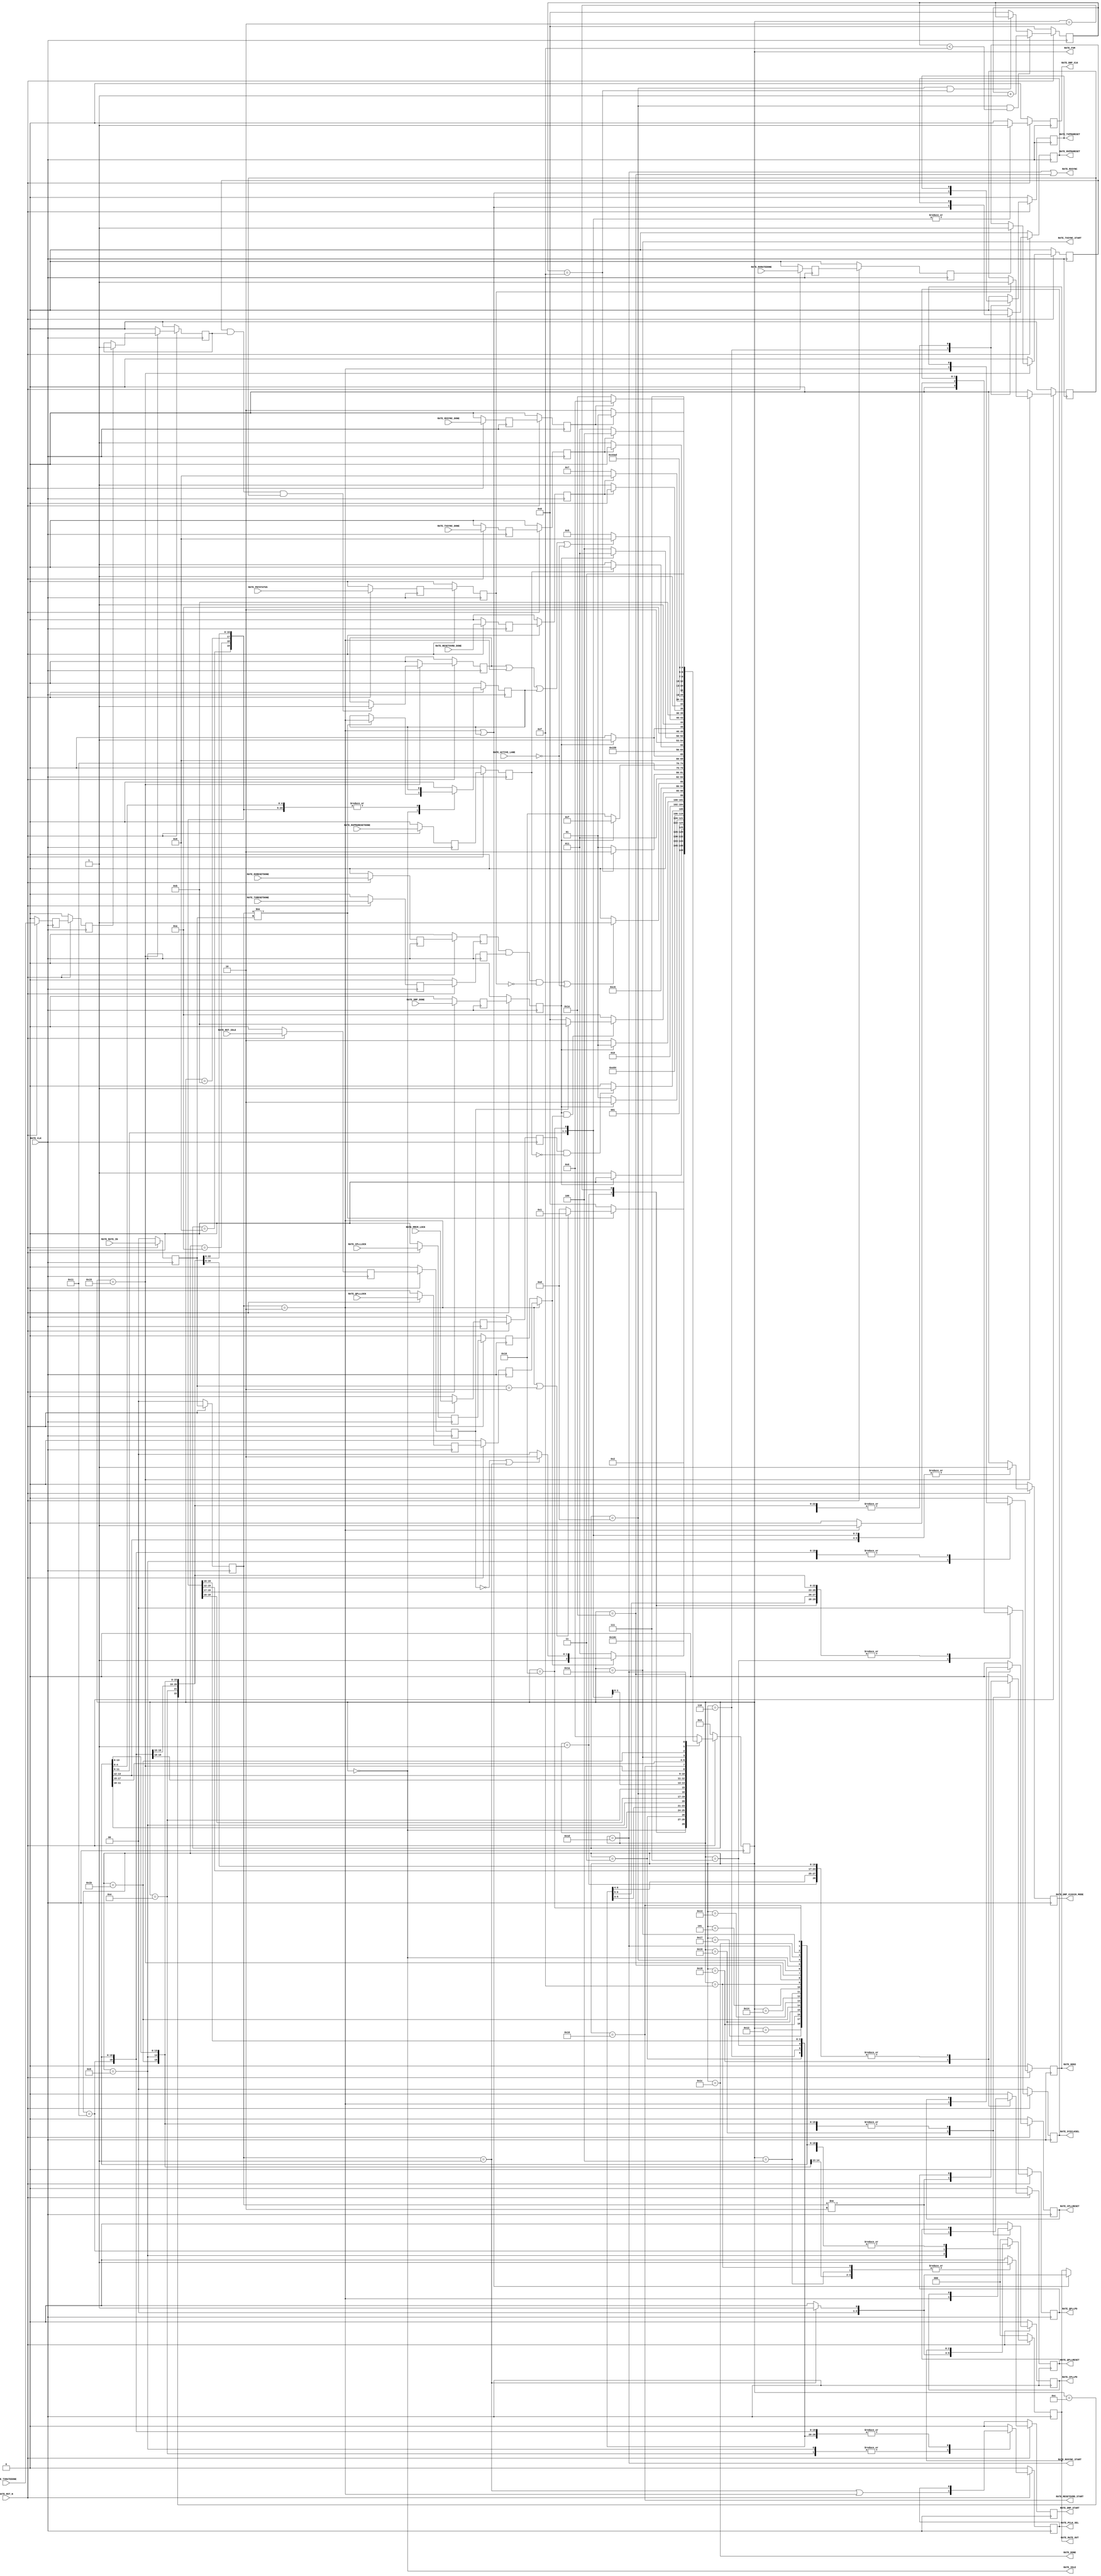
//-----------------------------------------------------------------------------
//
// (c) Copyright 2010-2011 Xilinx, Inc. All rights reserved.
//
// This file contains confidential and proprietary information
// of Xilinx, Inc. and is protected under U.S. and
// international copyright and other intellectual property
// laws.
//
// DISCLAIMER
// This disclaimer is not a license and does not grant any
// rights to the materials distributed herewith. Except as
// otherwise provided in a valid license issued to you by
// Xilinx, and to the maximum extent permitted by applicable
// law: (1) THESE MATERIALS ARE MADE AVAILABLE "AS IS" AND
// WITH ALL FAULTS, AND XILINX HEREBY DISCLAIMS ALL WARRANTIES
// AND CONDITIONS, EXPRESS, IMPLIED, OR STATUTORY, INCLUDING
// BUT NOT LIMITED TO WARRANTIES OF MERCHANTABILITY, NON-
// INFRINGEMENT, OR FITNESS FOR ANY PARTICULAR PURPOSE; and
// (2) Xilinx shall not be liable (whether in contract or tort,
// including negligence, or under any other theory of
// liability) for any loss or damage of any kind or nature
// related to, arising under or in connection with these
// materials, including for any direct, or any indirect,
// special, incidental, or consequential loss or damage
// (including loss of data, profits, goodwill, or any type of
// loss or damage suffered as a result of any action brought
// by a third party) even if such damage or loss was
// reasonably foreseeable or Xilinx had been advised of the
// possibility of the same.
//
// CRITICAL APPLICATIONS
// Xilinx products are not designed or intended to be fail-
// safe, or for use in any application requiring fail-safe
// performance, such as life-support or safety devices or
// systems, Class III medical devices, nuclear facilities,
// applications related to the deployment of airbags, or any
// other applications that could lead to death, personal
// injury, or severe property or environmental damage
// (individually and collectively, "Critical
// Applications"). Customer assumes the sole risk and
// liability of any use of Xilinx products in Critical
// Applications, subject only to applicable laws and
// regulations governing limitations on product liability.
//
// THIS COPYRIGHT NOTICE AND DISCLAIMER MUST BE RETAINED AS
// PART OF THIS FILE AT ALL TIMES.
//
//-----------------------------------------------------------------------------
// Project    : Series-7 Integrated Block for PCI Express
// Version    : 1.11
//------------------------------------------------------------------------------
//  Description  :  PIPE Rate Module for 7 Series Transceiver
//  Version      :  20.1
//------------------------------------------------------------------------------



`timescale 1ns / 1ps



//---------- PIPE Rate Module --------------------------------------------------
module pcie_pipe_rate #
(

    parameter PCIE_SIM_SPEEDUP  = "FALSE",                  // PCIe sim speedup
    parameter PCIE_GT_DEVICE    = "GTX",                    // PCIe GT device
    parameter PCIE_USE_MODE     = "3.0",                    // PCIe use mode
    parameter PCIE_PLL_SEL      = "CPLL",                   // PCIe PLL select for Gen1/Gen2 only
    parameter PCIE_POWER_SAVING = "TRUE",                   // PCIe power saving
    parameter PCIE_ASYNC_EN     = "FALSE",                  // PCIe async enable
    parameter PCIE_TXBUF_EN     = "FALSE",                  // PCIe TX buffer enable for Gen1/Gen2 only
    parameter PCIE_RXBUF_EN     = "TRUE",                   // PCIe RX buffer enable for Gen3      only
    parameter TXDATA_WAIT_MAX   = 4'd15                     // TXDATA wait max

)

(

    //---------- Input -------------------------------------
    input               RATE_CLK,
    input               RATE_RST_N,
    input               RATE_RST_IDLE,
    input               RATE_ACTIVE_LANE,
    input       [ 1:0]  RATE_RATE_IN,
    input               RATE_CPLLLOCK,
    input               RATE_QPLLLOCK,
    input               RATE_MMCM_LOCK,
    input               RATE_DRP_DONE,
    input               RATE_RXPMARESETDONE,
    input               RATE_TXRESETDONE,
    input               RATE_RXRESETDONE,
    input               RATE_TXRATEDONE,
    input               RATE_RXRATEDONE,
    input               RATE_PHYSTATUS,
    input               RATE_RESETOVRD_DONE,
    input               RATE_TXSYNC_DONE,
    input               RATE_RXSYNC_DONE,
    
    //---------- Output ------------------------------------
    output              RATE_CPLLPD,
    output              RATE_QPLLPD,
    output              RATE_CPLLRESET,
    output              RATE_QPLLRESET,
    output              RATE_TXPMARESET,
    output              RATE_RXPMARESET,
    output              RATE_DRP_START,
    output      [ 1:0]  RATE_SYSCLKSEL,
    output              RATE_PCLK_SEL,
    output              RATE_GEN3,
    output              RATE_DRP_X16X20_MODE,
    output              RATE_DRP_X16,
    output      [ 2:0]  RATE_RATE_OUT,
    output              RATE_RESETOVRD_START,
    output              RATE_TXSYNC_START,
    output              RATE_DONE,
    output              RATE_RXSYNC_START,
    output              RATE_RXSYNC,
    output              RATE_IDLE,
    output      [ 4:0]  RATE_FSM

);

    //---------- Input FF or Buffer ------------------------
(* ASYNC_REG = "TRUE", SHIFT_EXTRACT = "NO" *)    reg                 rst_idle_reg1;
(* ASYNC_REG = "TRUE", SHIFT_EXTRACT = "NO" *)    reg         [ 1:0]  rate_in_reg1;
(* ASYNC_REG = "TRUE", SHIFT_EXTRACT = "NO" *)    reg                 cplllock_reg1;
(* ASYNC_REG = "TRUE", SHIFT_EXTRACT = "NO" *)    reg                 qplllock_reg1;
(* ASYNC_REG = "TRUE", SHIFT_EXTRACT = "NO" *)    reg                 mmcm_lock_reg1;
(* ASYNC_REG = "TRUE", SHIFT_EXTRACT = "NO" *)    reg                 drp_done_reg1;
(* ASYNC_REG = "TRUE", SHIFT_EXTRACT = "NO" *)    reg                 rxpmaresetdone_reg1;
(* ASYNC_REG = "TRUE", SHIFT_EXTRACT = "NO" *)    reg                 txresetdone_reg1;
(* ASYNC_REG = "TRUE", SHIFT_EXTRACT = "NO" *)    reg                 rxresetdone_reg1;
(* ASYNC_REG = "TRUE", SHIFT_EXTRACT = "NO" *)    reg                 txratedone_reg1;
(* ASYNC_REG = "TRUE", SHIFT_EXTRACT = "NO" *)    reg                 rxratedone_reg1;
(* ASYNC_REG = "TRUE", SHIFT_EXTRACT = "NO" *)    reg                 phystatus_reg1;
(* ASYNC_REG = "TRUE", SHIFT_EXTRACT = "NO" *)    reg                 resetovrd_done_reg1;
(* ASYNC_REG = "TRUE", SHIFT_EXTRACT = "NO" *)    reg                 txsync_done_reg1;
(* ASYNC_REG = "TRUE", SHIFT_EXTRACT = "NO" *)    reg                 rxsync_done_reg1;
    
(* ASYNC_REG = "TRUE", SHIFT_EXTRACT = "NO" *)    reg                 rst_idle_reg2;
(* ASYNC_REG = "TRUE", SHIFT_EXTRACT = "NO" *)    reg         [ 1:0]  rate_in_reg2;
(* ASYNC_REG = "TRUE", SHIFT_EXTRACT = "NO" *)    reg                 cplllock_reg2;
(* ASYNC_REG = "TRUE", SHIFT_EXTRACT = "NO" *)    reg                 qplllock_reg2;
(* ASYNC_REG = "TRUE", SHIFT_EXTRACT = "NO" *)    reg                 mmcm_lock_reg2;
(* ASYNC_REG = "TRUE", SHIFT_EXTRACT = "NO" *)    reg                 drp_done_reg2;
(* ASYNC_REG = "TRUE", SHIFT_EXTRACT = "NO" *)    reg                 rxpmaresetdone_reg2;
(* ASYNC_REG = "TRUE", SHIFT_EXTRACT = "NO" *)    reg                 txresetdone_reg2;
(* ASYNC_REG = "TRUE", SHIFT_EXTRACT = "NO" *)    reg                 rxresetdone_reg2;
(* ASYNC_REG = "TRUE", SHIFT_EXTRACT = "NO" *)    reg                 txratedone_reg2;
(* ASYNC_REG = "TRUE", SHIFT_EXTRACT = "NO" *)    reg                 rxratedone_reg2;
(* ASYNC_REG = "TRUE", SHIFT_EXTRACT = "NO" *)    reg                 phystatus_reg2;
(* ASYNC_REG = "TRUE", SHIFT_EXTRACT = "NO" *)    reg                 resetovrd_done_reg2;
(* ASYNC_REG = "TRUE", SHIFT_EXTRACT = "NO" *)    reg                 txsync_done_reg2;
(* ASYNC_REG = "TRUE", SHIFT_EXTRACT = "NO" *)    reg                 rxsync_done_reg2;
    
    //---------- Internal Signals --------------------------
    wire                pll_lock;
    wire        [ 2:0]  rate;
    reg         [ 3:0]  txdata_wait_cnt = 4'd0;
    reg                 txratedone      = 1'd0;
    reg                 rxratedone      = 1'd0;
    reg                 phystatus       = 1'd0;
    reg                 ratedone        = 1'd0;
    reg                 gen3_exit       = 1'd0;
    
    //---------- Output FF or Buffer -----------------------
    reg                 cpllpd     =  1'd0;
    reg                 qpllpd     =  1'd0;
    reg                 cpllreset  =  1'd0;
    reg                 qpllreset  =  1'd0;
    reg                 txpmareset =  1'd0;
    reg                 rxpmareset =  1'd0;
    reg         [ 1:0]  sysclksel  = (PCIE_PLL_SEL == "QPLL") ? 2'd1 : 2'd0;  
    reg                 gen3       =  1'd0;
    reg                 pclk_sel   =  1'd0; 
    reg         [ 2:0]  rate_out   =  3'd0; 
    reg                 drp_start       = 1'd0;
    reg                 drp_x16x20_mode = 1'd0;
    reg                 drp_x16         = 1'd0;
    reg         [ 4:0]  fsm        = 0;                 
   
    //---------- FSM ---------------------------------------                                         
    localparam          FSM_IDLE               = 0; 
    localparam          FSM_PLL_PU             = 1; // Gen 3 only
    localparam          FSM_PLL_PURESET        = 2; // Gen 3 only
    localparam          FSM_PLL_LOCK           = 3; // Gen 3 or reset only
    localparam          FSM_DRP_X16_GEN3_START = 4;
    localparam          FSM_DRP_X16_GEN3_DONE  = 5;    
    localparam          FSM_PMARESET_HOLD      = 6; // Gen 3 or reset only
    localparam          FSM_PLL_SEL            = 7; // Gen 3 or reset only   
    localparam          FSM_MMCM_LOCK          = 8; // Gen 3 or reset only             
    localparam          FSM_DRP_START          = 9; // Gen 3 or reset only                                 
    localparam          FSM_DRP_DONE           = 10; // Gen 3 or reset only
    localparam          FSM_PMARESET_RELEASE   = 11; // Gen 3 only
    localparam          FSM_PMARESET_DONE      = 12; // Gen 3 only
    localparam          FSM_TXDATA_WAIT        = 13;           
    localparam          FSM_PCLK_SEL           = 14; 
    localparam          FSM_DRP_X16_START      = 15;
    localparam          FSM_DRP_X16_DONE       = 16;    
    localparam          FSM_RATE_SEL           = 17;
    localparam          FSM_RXPMARESETDONE     = 18; 
    localparam          FSM_DRP_X20_START      = 19;
    localparam          FSM_DRP_X20_DONE       = 20;   
    localparam          FSM_RATE_DONE          = 21;
    localparam          FSM_RESETOVRD_START    = 22; // PCIe use mode 1.0 only
    localparam          FSM_RESETOVRD_DONE     = 23; // PCIe use mode 1.0 only
    localparam          FSM_PLL_PDRESET        = 24;
    localparam          FSM_PLL_PD             = 25;                          
    localparam          FSM_TXSYNC_START       = 26;
    localparam          FSM_TXSYNC_DONE        = 27;             
    localparam          FSM_DONE               = 28; // Must sync value to pipe_user.v
    localparam          FSM_RXSYNC_START       = 29; // Gen 3 only
    localparam          FSM_RXSYNC_DONE        = 30; // Gen 3 only                                    
    
    
    
//---------- Input FF ----------------------------------------------------------
always @ (posedge RATE_CLK)
begin

    if (!RATE_RST_N)
        begin    
        //---------- 1st Stage FF -------------------------- 
        rst_idle_reg1       <= 1'd0;   
        rate_in_reg1        <= 2'd0;
        cplllock_reg1       <= 1'd0;
        qplllock_reg1       <= 1'd0;
        mmcm_lock_reg1      <= 1'd0;
        drp_done_reg1       <= 1'd0;
        rxpmaresetdone_reg1 <= 1'd0;
        txresetdone_reg1    <= 1'd0;
        rxresetdone_reg1    <= 1'd0;
        txratedone_reg1     <= 1'd0;
        rxratedone_reg1     <= 1'd0;
        phystatus_reg1      <= 1'd0;
        resetovrd_done_reg1 <= 1'd0; 
        txsync_done_reg1    <= 1'd0;
        rxsync_done_reg1    <= 1'd0;
        //---------- 2nd Stage FF --------------------------
        rst_idle_reg2       <= 1'd0;
        rate_in_reg2        <= 2'd0;
        cplllock_reg2       <= 1'd0;
        qplllock_reg2       <= 1'd0;
        mmcm_lock_reg2      <= 1'd0;
        drp_done_reg2       <= 1'd0;
        rxpmaresetdone_reg2 <= 1'd0;
        txresetdone_reg2    <= 1'd0;
        rxresetdone_reg2    <= 1'd0;
        txratedone_reg2     <= 1'd0;
        rxratedone_reg2     <= 1'd0;
        phystatus_reg2      <= 1'd0;
        resetovrd_done_reg2 <= 1'd0;
        txsync_done_reg2    <= 1'd0;
        rxsync_done_reg2    <= 1'd0;
        end
    else
        begin  
        //---------- 1st Stage FF --------------------------
        rst_idle_reg1       <= RATE_RST_IDLE;
        rate_in_reg1        <= RATE_RATE_IN;
        cplllock_reg1       <= RATE_CPLLLOCK;
        qplllock_reg1       <= RATE_QPLLLOCK;
        mmcm_lock_reg1      <= RATE_MMCM_LOCK;
        drp_done_reg1       <= RATE_DRP_DONE;
        rxpmaresetdone_reg1 <= RATE_RXPMARESETDONE;
        txresetdone_reg1    <= RATE_TXRESETDONE;
        rxresetdone_reg1    <= RATE_RXRESETDONE;
        txratedone_reg1     <= RATE_TXRATEDONE;
        rxratedone_reg1     <= RATE_RXRATEDONE;
        phystatus_reg1      <= RATE_PHYSTATUS;
        resetovrd_done_reg1 <= RATE_RESETOVRD_DONE;
        txsync_done_reg1    <= RATE_TXSYNC_DONE;
        rxsync_done_reg1    <= RATE_RXSYNC_DONE;
        //---------- 2nd Stage FF --------------------------
        rst_idle_reg2       <= rst_idle_reg1;
        rate_in_reg2        <= rate_in_reg1;
        cplllock_reg2       <= cplllock_reg1;
        qplllock_reg2       <= qplllock_reg1;
        mmcm_lock_reg2      <= mmcm_lock_reg1;
        drp_done_reg2       <= drp_done_reg1;
        rxpmaresetdone_reg2 <= rxpmaresetdone_reg1;
        txresetdone_reg2    <= txresetdone_reg1;
        rxresetdone_reg2    <= rxresetdone_reg1;
        txratedone_reg2     <= txratedone_reg1;
        rxratedone_reg2     <= rxratedone_reg1;
        phystatus_reg2      <= phystatus_reg1;
        resetovrd_done_reg2 <= resetovrd_done_reg1;
        txsync_done_reg2    <= txsync_done_reg1;   
        rxsync_done_reg2    <= rxsync_done_reg1; 
        end
        
end    



//---------- Select CPLL or QPLL Lock ------------------------------------------
//  Gen1 : Wait for QPLL lock if QPLL is used for Gen1/Gen2, else wait for CPLL lock 
//  Gen2 : Wait for QPLL lock if QPLL is used for Gen1/Gen2, else wait for CPLL lock
//  Gen3 : Wait for QPLL lock
//------------------------------------------------------------------------------
assign pll_lock = (rate_in_reg2 == 2'd2) || (PCIE_PLL_SEL == "QPLL") ? qplllock_reg2 : cplllock_reg2;



//---------- Select Rate -------------------------------------------------------
//  Gen1 : Div 4 using [TX/RX]OUT_DIV = 4 if QPLL is used for Gen1/Gen2, else div 2 using [TX/RX]OUT_DIV = 2
//  Gen2 : Div 2 using [TX/RX]RATE = 3'd2 if QPLL is used for Gen1/Gen2, else div 1 using [TX/RX]RATE = 3'd1
//  Gen3 : Div 1 using [TX/RX]OUT_DIV = 1
//------------------------------------------------------------------------------
assign rate = (rate_in_reg2 == 2'd1) && (PCIE_PLL_SEL == "QPLL") ? 3'd2 : 
              (rate_in_reg2 == 2'd1) && (PCIE_PLL_SEL == "CPLL") ? 3'd1 : 3'd0;



//---------- TXDATA Wait Counter -----------------------------------------------
always @ (posedge RATE_CLK)
begin

    if (!RATE_RST_N)
        txdata_wait_cnt <= 4'd0;
    else
    
        //---------- Increment Wait Counter ----------------
        if ((fsm == FSM_TXDATA_WAIT) && (txdata_wait_cnt < TXDATA_WAIT_MAX))
            txdata_wait_cnt <= txdata_wait_cnt + 4'd1;
            
        //---------- Hold Wait Counter ---------------------
        else if ((fsm == FSM_TXDATA_WAIT) && (txdata_wait_cnt == TXDATA_WAIT_MAX))
            txdata_wait_cnt <= txdata_wait_cnt;
            
        //---------- Reset Wait Counter --------------------
        else
            txdata_wait_cnt <= 4'd0;
        
end 



//---------- Latch TXRATEDONE, RXRATEDONE, and PHYSTATUS -----------------------
always @ (posedge RATE_CLK)
begin

    if (!RATE_RST_N)
        begin   
        txratedone <= 1'd0;
        rxratedone <= 1'd0; 
        phystatus  <= 1'd0;
        ratedone   <= 1'd0;
        end
    else
        begin  

        if (fsm == FSM_RATE_DONE)
        
            begin
            
            //---------- Latch TXRATEDONE ------------------
            if (txratedone_reg2)
                txratedone <= 1'd1; 
            else
                txratedone <= txratedone;
 
            //---------- Latch RXRATEDONE ------------------
            if (rxratedone_reg2)
                rxratedone <= 1'd1; 
            else
                rxratedone <= rxratedone;
  
            //---------- Latch PHYSTATUS -------------------
            if (phystatus_reg2)
                phystatus <= 1'd1; 
            else
                phystatus <= phystatus;
  
            //---------- Latch Rate Done -------------------
            if (rxratedone && txratedone && phystatus)
                ratedone <= 1'd1; 
            else
                ratedone <= ratedone;
  
            end
  
        else 
        
            begin
            txratedone <= 1'd0;
            rxratedone <= 1'd0;
            phystatus  <= 1'd0;
            ratedone   <= 1'd0;
            end
        
        end
        
end    



//---------- PIPE Rate FSM -----------------------------------------------------
always @ (posedge RATE_CLK)
begin

    if (!RATE_RST_N)
        begin
        fsm        <= FSM_PLL_LOCK;
        gen3_exit  <= 1'd0;
        cpllpd     <= 1'd0;
        qpllpd     <= 1'd0;
        cpllreset  <= 1'd0;
        qpllreset  <= 1'd0;
        txpmareset <= 1'd0;
        rxpmareset <= 1'd0;
        sysclksel  <= (PCIE_PLL_SEL == "QPLL") ? 2'd1 : 2'd0;                               
        pclk_sel   <= 1'd0; 
        gen3       <= 1'd0;
        rate_out   <= 3'd0;  
        drp_start       <= 1'd0;
        drp_x16x20_mode <= 1'd0;  
        drp_x16         <= 1'd0;                          
        end
    else
        begin
        
        case (fsm)
            
        //---------- Idle State ----------------------------
        FSM_IDLE :
        
            begin
            //---------- Detect Rate Change ----------------
            if (rate_in_reg2 != rate_in_reg1)
                begin
                fsm        <= ((rate_in_reg2 == 2'd2) || (rate_in_reg1 == 2'd2)) ? FSM_PLL_PU : FSM_TXDATA_WAIT;
                gen3_exit  <= (rate_in_reg2 == 2'd2); 
                cpllpd     <= cpllpd;
                qpllpd     <= qpllpd;
                cpllreset  <= cpllreset;
                qpllreset  <= qpllreset;
                txpmareset <= txpmareset;
                rxpmareset <= rxpmareset;
                sysclksel  <= sysclksel;
                pclk_sel   <= pclk_sel;
                gen3       <= gen3;
                rate_out   <= rate_out;
                drp_start       <= 1'd0;
                drp_x16x20_mode <= 1'd0;
                drp_x16         <= 1'd0;    
                end
            else
                begin
                fsm        <= FSM_IDLE;
                gen3_exit  <= gen3_exit;
                cpllpd     <= cpllpd;
                qpllpd     <= qpllpd;
                cpllreset  <= cpllreset;
                qpllreset  <= qpllreset;
                txpmareset <= txpmareset;
                rxpmareset <= rxpmareset;
                sysclksel  <= sysclksel;
                pclk_sel   <= pclk_sel;
                gen3       <= gen3;
                rate_out   <= rate_out;
                drp_start       <= 1'd0;
                drp_x16x20_mode <= 1'd0;
                drp_x16         <= 1'd0;    
                end
            end 
            
        //---------- Power-up PLL --------------------------
        FSM_PLL_PU :
        
            begin
            fsm        <= FSM_PLL_PURESET;
            gen3_exit  <= gen3_exit;
            cpllpd     <= (PCIE_PLL_SEL == "QPLL");
            qpllpd     <= 1'd0;
            cpllreset  <= cpllreset;
            qpllreset  <= qpllreset;
            txpmareset <= txpmareset;
            rxpmareset <= rxpmareset;
            sysclksel  <= sysclksel;
            pclk_sel   <= pclk_sel;
            gen3       <= gen3;
            rate_out   <= rate_out;
            drp_start       <= 1'd0;
            drp_x16x20_mode <= 1'd0;
            drp_x16         <= 1'd0;    
            end  
            
        //---------- Release PLL Resets --------------------
        FSM_PLL_PURESET :
        
            begin
            fsm        <= FSM_PLL_LOCK;
            gen3_exit  <= gen3_exit;
            cpllpd     <= cpllpd;
            qpllpd     <= qpllpd;
            cpllreset  <= (PCIE_PLL_SEL == "QPLL");
            qpllreset  <= 1'd0;
            txpmareset <= txpmareset;
            rxpmareset <= rxpmareset;
            sysclksel  <= sysclksel;
            pclk_sel   <= pclk_sel;
            gen3       <= gen3;
            rate_out   <= rate_out;
            drp_start       <= 1'd0;
            drp_x16x20_mode <= 1'd0;
            drp_x16         <= 1'd0;    
            end 

        //---------- Wait for PLL Lock ---------------------
        FSM_PLL_LOCK :
        
            begin
            fsm        <= (pll_lock ? ((!rst_idle_reg2 || (rate_in_reg2 == 2'd1)) ? FSM_PMARESET_HOLD : FSM_DRP_X16_GEN3_START) : FSM_PLL_LOCK);  
            gen3_exit  <= gen3_exit;
            cpllpd     <= cpllpd;
            qpllpd     <= qpllpd;
            cpllreset  <= cpllreset;
            qpllreset  <= qpllreset;
            txpmareset <= txpmareset;
            rxpmareset <= rxpmareset;
            sysclksel  <= sysclksel;
            pclk_sel   <= pclk_sel;
            gen3       <= gen3;
            rate_out   <= rate_out;
            drp_start       <= 1'd0;
            drp_x16x20_mode <= 1'd0;
            drp_x16         <= 1'd0;    
            end

        //---------- Start DRP x16 -------------------------
        FSM_DRP_X16_GEN3_START :
            
            begin
            fsm        <= (!drp_done_reg2) ? FSM_DRP_X16_GEN3_DONE : FSM_DRP_X16_GEN3_START;
            gen3_exit  <= gen3_exit;
            cpllpd     <= cpllpd;
            qpllpd     <= qpllpd;
            cpllreset  <= cpllreset;
            qpllreset  <= qpllreset;
            txpmareset <= txpmareset;
            rxpmareset <= rxpmareset;
            sysclksel  <= sysclksel;
            pclk_sel   <= pclk_sel;
            gen3       <= gen3;
            rate_out   <= rate_out;
            drp_start       <= 1'd1;
            drp_x16x20_mode <= 1'd1;
            drp_x16         <= 1'd1;    
            end
            
        //---------- Wait for DRP x16 Done -----------------    
        FSM_DRP_X16_GEN3_DONE :
        
            begin  
            fsm        <= drp_done_reg2 ? FSM_PMARESET_HOLD : FSM_DRP_X16_GEN3_DONE;
            gen3_exit  <= gen3_exit;
            cpllpd     <= cpllpd;
            qpllpd     <= qpllpd;
            cpllreset  <= cpllreset;
            qpllreset  <= qpllreset;
            txpmareset <= txpmareset;
            rxpmareset <= rxpmareset;
            sysclksel  <= sysclksel;
            pclk_sel   <= pclk_sel;
            gen3       <= gen3;
            rate_out   <= rate_out;
            drp_start       <= 1'd0;
            drp_x16x20_mode <= 1'd1;
            drp_x16         <= 1'd1;    
            end  

        //---------- Hold both PMA in Reset ----------------
        //  Gen1 : Release PMA Reset
        //  Gen2 : Release PMA Reset
        //  Gen3 : Hold PMA Reset
        //--------------------------------------------------
        FSM_PMARESET_HOLD :
        
            begin
            fsm        <= FSM_PLL_SEL;
            gen3_exit  <= gen3_exit;
            cpllpd     <= cpllpd;
            qpllpd     <= qpllpd;
            cpllreset  <= cpllreset;
            qpllreset  <= qpllreset;
            txpmareset <= ((rate_in_reg2 == 2'd2) || gen3_exit);
            rxpmareset <= ((rate_in_reg2 == 2'd2) || gen3_exit);
            sysclksel  <= sysclksel;
            pclk_sel   <= pclk_sel;
            gen3       <= gen3;
            rate_out   <= rate_out;
            drp_start       <= 1'd0;
            drp_x16x20_mode <= 1'd0;
            drp_x16         <= 1'd0;    
            end

        //---------- Select PLL ----------------------------
        //  Gen1 : QPLL if PCIE_PLL_SEL = QPLL, else CPLL
        //  Gen2 : QPLL if PCIE_PLL_SEL = QPLL, else CPLL
        //  Gen3 : QPLL
        //--------------------------------------------------
        FSM_PLL_SEL :
        
            begin
            fsm        <= FSM_MMCM_LOCK;    
            gen3_exit  <= gen3_exit;
            cpllpd     <= cpllpd;
            qpllpd     <= qpllpd;
            cpllreset  <= cpllreset;
            qpllreset  <= qpllreset;
            txpmareset <= txpmareset;
            rxpmareset <= rxpmareset;
            sysclksel  <= ((rate_in_reg2 == 2'd2) || (PCIE_PLL_SEL == "QPLL")) ? 2'd1 : 2'd0;                          
            pclk_sel   <= pclk_sel;
            gen3       <= gen3;
            rate_out   <= rate_out;
            drp_start       <= 1'd0;
            drp_x16x20_mode <= 1'd0;
            drp_x16         <= 1'd0;    
            end

        //---------- Check for MMCM Lock -------------------
        FSM_MMCM_LOCK :
        
            begin
            fsm        <= (mmcm_lock_reg2 && !rxpmaresetdone_reg2 ? FSM_DRP_START : FSM_MMCM_LOCK);  
            gen3_exit  <= gen3_exit;
            cpllpd     <= cpllpd;
            qpllpd     <= qpllpd;
            cpllreset  <= cpllreset;
            qpllreset  <= qpllreset;
            txpmareset <= txpmareset;
            rxpmareset <= rxpmareset;
            sysclksel  <= sysclksel;
            pclk_sel   <= pclk_sel;
            gen3       <= gen3;
            rate_out   <= rate_out;
            drp_start       <= 1'd0;
            drp_x16x20_mode <= 1'd0;
            drp_x16         <= 1'd0;    
            end

        //---------- Start DRP -----------------------------
        FSM_DRP_START:
        
            begin
            fsm        <= (!drp_done_reg2 ? FSM_DRP_DONE : FSM_DRP_START);
            gen3_exit  <= gen3_exit;
            cpllpd     <= cpllpd;
            qpllpd     <= qpllpd;
            cpllreset  <= cpllreset;
            qpllreset  <= qpllreset;
            txpmareset <= txpmareset;
            rxpmareset <= rxpmareset;
            sysclksel  <= sysclksel;
            pclk_sel   <= ((rate_in_reg2 == 2'd1) || (rate_in_reg2 == 2'd2));
            gen3       <= (rate_in_reg2 == 2'd2);  
            rate_out   <= (((rate_in_reg2 == 2'd2) || gen3_exit) ? rate : rate_out);  
            drp_start       <= 1'd1;
            drp_x16x20_mode <= 1'd0;  
            drp_x16         <= 1'd0;                     
            end

        //---------- Wait for DRP Done ---------------------
        FSM_DRP_DONE :
        
            begin
            fsm        <= ((drp_done_reg2 && pll_lock) ? (rst_idle_reg2 ? FSM_PMARESET_RELEASE : FSM_IDLE): FSM_DRP_DONE);
            gen3_exit  <= gen3_exit;
            cpllpd     <= cpllpd;
            qpllpd     <= qpllpd;
            cpllreset  <= cpllreset;
            qpllreset  <= qpllreset;
            txpmareset <= txpmareset;
            rxpmareset <= rxpmareset;
            sysclksel  <= sysclksel;
            pclk_sel   <= pclk_sel;
            gen3       <= gen3;
            rate_out   <= rate_out;
            drp_start       <= 1'd0;
            drp_x16x20_mode <= 1'd0;
            drp_x16         <= 1'd0;    
            end 

        //---------- Release PMA Resets --------------------
        FSM_PMARESET_RELEASE :
        
            begin
            fsm        <= FSM_PMARESET_DONE;
            gen3_exit  <= gen3_exit;
            cpllpd     <= cpllpd;
            qpllpd     <= qpllpd;
            cpllreset  <= cpllreset;
            qpllreset  <= qpllreset;
            txpmareset <= 1'd0;
            rxpmareset <= 1'd0;
            sysclksel  <= sysclksel;
            pclk_sel   <= pclk_sel;
            gen3       <= gen3;
            rate_out   <= rate_out;
            drp_start       <= 1'd0;
            drp_x16x20_mode <= 1'd0;
            drp_x16         <= 1'd0;    
            end

        //---------- Wait for both TX/RX PMA Reset Dones and PHYSTATUS Deassertion
        FSM_PMARESET_DONE :
        
            begin
            fsm        <= (((rxresetdone_reg2 && txresetdone_reg2 && !phystatus_reg2) || !RATE_ACTIVE_LANE) ? FSM_TXDATA_WAIT : FSM_PMARESET_DONE); 
            gen3_exit  <= gen3_exit;
            cpllpd     <= cpllpd;
            qpllpd     <= qpllpd;
            cpllreset  <= cpllreset;
            qpllreset  <= qpllreset;
            txpmareset <= txpmareset;
            rxpmareset <= rxpmareset;
            sysclksel  <= sysclksel;
            pclk_sel   <= pclk_sel;
            gen3       <= gen3;
            rate_out   <= rate_out;
            drp_start       <= 1'd0;
            drp_x16x20_mode <= 1'd0;
            drp_x16         <= 1'd0;    
            end

        //---------- Wait for TXDATA to TX[P/N] Latency ----
        FSM_TXDATA_WAIT :
        
            begin
            fsm        <= (txdata_wait_cnt == TXDATA_WAIT_MAX) ? FSM_PCLK_SEL : FSM_TXDATA_WAIT;
            gen3_exit  <= gen3_exit;
            cpllpd     <= cpllpd;
            qpllpd     <= qpllpd;
            cpllreset  <= cpllreset;
            qpllreset  <= qpllreset;
            txpmareset <= txpmareset;
            rxpmareset <= rxpmareset;
            sysclksel  <= sysclksel;
            pclk_sel   <= pclk_sel;
            gen3       <= gen3;
            rate_out   <= rate_out;
            drp_start       <= 1'd0;
            drp_x16x20_mode <= 1'd0;
            drp_x16         <= 1'd0;    
            end 

        //---------- Select PCLK Frequency -----------------
        //  Gen1 : PCLK = 125 MHz
        //  Gen2 : PCLK = 250 MHz
        //  Gen3 : PCLK = 250 MHz
        //--------------------------------------------------
        FSM_PCLK_SEL :
        
            begin
            fsm        <= ((PCIE_GT_DEVICE == "GTH") && ((rate_in_reg2 == 2'd1) || ((!gen3_exit) && (rate_in_reg2 == 2'd0)))) ? FSM_DRP_X16_START : FSM_RATE_SEL; 
            gen3_exit  <= gen3_exit;
            cpllpd     <= cpllpd;
            qpllpd     <= qpllpd;
            cpllreset  <= cpllreset;
            qpllreset  <= qpllreset;
            txpmareset <= txpmareset;
            rxpmareset <= rxpmareset;
            sysclksel  <= sysclksel;
            pclk_sel   <= ((rate_in_reg2 == 2'd1) || (rate_in_reg2 == 2'd2));
            gen3       <= gen3;    
            rate_out   <= rate_out;
            drp_start       <= 1'd0;
            drp_x16x20_mode <= 1'd0;
            drp_x16         <= 1'd0;    
            end

        //---------- Start DRP x16 -------------------------
        FSM_DRP_X16_START :
            
            begin
            fsm        <= (!drp_done_reg2) ? FSM_DRP_X16_DONE : FSM_DRP_X16_START;
            gen3_exit  <= gen3_exit;
            cpllpd     <= cpllpd;
            qpllpd     <= qpllpd;
            cpllreset  <= cpllreset;
            qpllreset  <= qpllreset;
            txpmareset <= txpmareset;
            rxpmareset <= rxpmareset;
            sysclksel  <= sysclksel;
            pclk_sel   <= pclk_sel;
            gen3       <= gen3;
            rate_out   <= rate_out;
            drp_start       <= 1'd1;
            drp_x16x20_mode <= 1'd1;
            drp_x16         <= 1'd1;
            end
            
        //---------- Wait for DRP x16 Done -----------------    
        FSM_DRP_X16_DONE :
        
            begin  
            fsm        <= drp_done_reg2 ? FSM_RATE_SEL : FSM_DRP_X16_DONE;
            gen3_exit  <= gen3_exit;
            cpllpd     <= cpllpd;
            qpllpd     <= qpllpd;
            cpllreset  <= cpllreset;
            qpllreset  <= qpllreset;
            txpmareset <= txpmareset;
            rxpmareset <= rxpmareset;
            sysclksel  <= sysclksel;
            pclk_sel   <= pclk_sel;
            gen3       <= gen3;
            rate_out   <= rate_out;
            drp_start       <= 1'd0;
            drp_x16x20_mode <= 1'd1;
            drp_x16         <= 1'd1;
            end    

        //---------- Select Rate ---------------------------
        FSM_RATE_SEL :
        
            begin
            fsm        <= ((PCIE_GT_DEVICE == "GTH") && ((rate_in_reg2 == 2'd1) || ((!gen3_exit) && (rate_in_reg2 == 2'd0)))) ? FSM_RXPMARESETDONE : FSM_RATE_DONE;
            gen3_exit  <= gen3_exit;
            cpllpd     <= cpllpd;
            qpllpd     <= qpllpd;
            cpllreset  <= cpllreset;
            qpllreset  <= qpllreset;
            txpmareset <= txpmareset;
            rxpmareset <= rxpmareset;
            sysclksel  <= sysclksel;
            pclk_sel   <= pclk_sel;
            gen3       <= gen3;
            rate_out   <= rate;                             // Update [TX/RX]RATE
            drp_start       <= 1'd0;
            drp_x16x20_mode <= 1'd0;
            drp_x16         <= 1'd0;
            end    
            
        //---------- Wait for RXPMARESETDONE De-assertion --
        FSM_RXPMARESETDONE :
        
            begin
            fsm        <= (!rxpmaresetdone_reg2) ? FSM_DRP_X20_START : FSM_RXPMARESETDONE;  
            gen3_exit  <= gen3_exit;
            cpllpd     <= cpllpd;
            qpllpd     <= qpllpd;
            cpllreset  <= cpllreset;
            qpllreset  <= qpllreset;
            txpmareset <= txpmareset;
            rxpmareset <= rxpmareset;
            sysclksel  <= sysclksel;
            pclk_sel   <= pclk_sel;
            gen3       <= gen3;
            rate_out   <= rate_out;
            drp_start       <= 1'd0;
            drp_x16x20_mode <= 1'd0;
            drp_x16         <= 1'd0;
            end  
            
        //---------- Start DRP x20 -------------------------
        FSM_DRP_X20_START :
            
            begin
            fsm        <= (!drp_done_reg2) ? FSM_DRP_X20_DONE : FSM_DRP_X20_START;
            gen3_exit  <= gen3_exit;
            cpllpd     <= cpllpd;
            qpllpd     <= qpllpd;
            cpllreset  <= cpllreset;
            qpllreset  <= qpllreset;
            txpmareset <= txpmareset;
            rxpmareset <= rxpmareset;
            sysclksel  <= sysclksel;
            pclk_sel   <= pclk_sel;
            gen3       <= gen3;
            rate_out   <= rate_out;
            drp_start       <= 1'd1;
            drp_x16x20_mode <= 1'd1;
            drp_x16         <= 1'd0;
            end
            
        //---------- Wait for DRP x20 Done -----------------    
        FSM_DRP_X20_DONE :
        
            begin  
            fsm        <= drp_done_reg2 ? FSM_RATE_DONE : FSM_DRP_X20_DONE;
            gen3_exit  <= gen3_exit;
            cpllpd     <= cpllpd;
            qpllpd     <= qpllpd;
            cpllreset  <= cpllreset;
            qpllreset  <= qpllreset;
            txpmareset <= txpmareset;
            rxpmareset <= rxpmareset;
            sysclksel  <= sysclksel;
            pclk_sel   <= pclk_sel;
            gen3       <= gen3;
            rate_out   <= rate_out;
            drp_start       <= 1'd0;
            drp_x16x20_mode <= 1'd1;
            drp_x16         <= 1'd0;
            end       
            
        //---------- Wait for Rate Change Done ------------- 
        FSM_RATE_DONE :
        
            begin
            if (ratedone || (rate_in_reg2 == 2'd2) || (gen3_exit) || !RATE_ACTIVE_LANE) 
                if ((PCIE_USE_MODE == "1.0") && (rate_in_reg2 != 2'd2) && (!gen3_exit)) 
                    fsm <= FSM_RESETOVRD_START;
                else
                    fsm <= FSM_PLL_PDRESET;  
            else      
                fsm <= FSM_RATE_DONE;
            
            gen3_exit  <= gen3_exit;
            cpllpd     <= cpllpd;
            qpllpd     <= qpllpd;
            cpllreset  <= cpllreset;
            qpllreset  <= qpllreset;
            txpmareset <= txpmareset;
            rxpmareset <= rxpmareset;
            sysclksel  <= sysclksel;
            pclk_sel   <= pclk_sel;
            gen3       <= gen3;
            rate_out   <= rate_out;
            drp_start       <= 1'd0;
            drp_x16x20_mode <= 1'd0;
            drp_x16         <= 1'd0;
            end      
            
        //---------- Reset Override Start ------------------
        FSM_RESETOVRD_START:
        
            begin
            fsm        <= (!resetovrd_done_reg2 ? FSM_RESETOVRD_DONE : FSM_RESETOVRD_START);    
            gen3_exit  <= gen3_exit;
            cpllpd     <= cpllpd;
            qpllpd     <= qpllpd;
            cpllreset  <= cpllreset;
            qpllreset  <= qpllreset;
            txpmareset <= txpmareset;
            rxpmareset <= rxpmareset;
            sysclksel  <= sysclksel;
            pclk_sel   <= pclk_sel;
            gen3       <= gen3;
            rate_out   <= rate_out;
            drp_start       <= 1'd0;
            drp_x16x20_mode <= 1'd0;
            drp_x16         <= 1'd0;
            end
            
        //---------- Reset Override Done -------------------
        FSM_RESETOVRD_DONE :
        
            begin
            fsm        <= (resetovrd_done_reg2 ? FSM_PLL_PDRESET : FSM_RESETOVRD_DONE);
            gen3_exit  <= gen3_exit;
            cpllpd     <= cpllpd;
            qpllpd     <= qpllpd;
            cpllreset  <= cpllreset;
            qpllreset  <= qpllreset;
            txpmareset <= txpmareset;
            rxpmareset <= rxpmareset;
            sysclksel  <= sysclksel;
            pclk_sel   <= pclk_sel;
            gen3       <= gen3;
            rate_out   <= rate_out;
            drp_start       <= 1'd0;
            drp_x16x20_mode <= 1'd0;
            drp_x16         <= 1'd0;
            end  
                
        //---------- Hold PLL Not Used in Reset ------------
        FSM_PLL_PDRESET :
        
            begin
            fsm        <= FSM_PLL_PD;
            gen3_exit  <= gen3_exit;
            cpllpd     <= cpllpd;
            qpllpd     <= qpllpd;
            cpllreset  <= (PCIE_PLL_SEL == "QPLL") ? 1'd1 : (rate_in_reg2 == 2'd2);
            qpllreset  <= (PCIE_PLL_SEL == "QPLL") ? 1'd0 : (rate_in_reg2 != 2'd2);
            txpmareset <= txpmareset;
            rxpmareset <= rxpmareset;
            sysclksel  <= sysclksel;
            pclk_sel   <= pclk_sel;
            gen3       <= gen3;
            rate_out   <= rate_out;
            drp_start       <= 1'd0;
            drp_x16x20_mode <= 1'd0;
            drp_x16         <= 1'd0;
            end    
            
        //---------- Power-Down PLL Not Used ---------------
        FSM_PLL_PD :
        
            begin
            fsm        <= (((rate_in_reg2 == 2'd2) || (PCIE_TXBUF_EN == "FALSE")) ? FSM_TXSYNC_START : FSM_DONE);
            gen3_exit  <= gen3_exit;
            cpllpd     <= (PCIE_PLL_SEL == "QPLL") ? 1'd1 : (rate_in_reg2 == 2'd2);
            qpllpd     <= (PCIE_PLL_SEL == "QPLL") ? 1'd0 : (rate_in_reg2 != 2'd2);
            cpllreset  <= cpllreset;
            qpllreset  <= qpllreset;
            txpmareset <= txpmareset;
            rxpmareset <= rxpmareset;
            sysclksel  <= sysclksel;
            pclk_sel   <= pclk_sel;
            gen3       <= gen3;
            rate_out   <= rate_out;
            drp_start       <= 1'd0;
            drp_x16x20_mode <= 1'd0;
            drp_x16         <= 1'd0;
            end         
            
        //---------- Start TX Sync -------------------------
        FSM_TXSYNC_START:
        
            begin
            fsm        <= (!txsync_done_reg2 ? FSM_TXSYNC_DONE : FSM_TXSYNC_START);
            gen3_exit  <= gen3_exit;
            cpllpd     <= cpllpd;
            qpllpd     <= qpllpd;
            cpllreset  <= cpllreset;
            qpllreset  <= qpllreset;
            txpmareset <= txpmareset;
            rxpmareset <= rxpmareset;
            sysclksel  <= sysclksel;
            pclk_sel   <= pclk_sel;
            gen3       <= gen3;
            rate_out   <= rate_out;
            drp_start       <= 1'd0;
            drp_x16x20_mode <= 1'd0;
            drp_x16         <= 1'd0;
            end
            
        //---------- Wait for TX Sync Done -----------------
        FSM_TXSYNC_DONE:
        
            begin
            fsm        <= (txsync_done_reg2 ? FSM_DONE : FSM_TXSYNC_DONE);
            gen3_exit  <= gen3_exit;
            cpllpd     <= cpllpd;
            qpllpd     <= qpllpd;
            cpllreset  <= cpllreset;
            qpllreset  <= qpllreset;
            txpmareset <= txpmareset;
            rxpmareset <= rxpmareset;
            sysclksel  <= sysclksel;
            pclk_sel   <= pclk_sel;
            gen3       <= gen3;
            rate_out   <= rate_out;
            drp_start       <= 1'd0;
            drp_x16x20_mode <= 1'd0;
            drp_x16         <= 1'd0;
            end        

        //---------- Rate Change Done ----------------------
        FSM_DONE :  
          
            begin  
            fsm        <= (((rate_in_reg2 == 2'd2) && (PCIE_RXBUF_EN == "FALSE") && (PCIE_ASYNC_EN == "TRUE")) ? FSM_RXSYNC_START : FSM_IDLE);
            gen3_exit  <= gen3_exit;
            cpllpd     <= cpllpd;
            qpllpd     <= qpllpd;
            cpllreset  <= cpllreset;
            qpllreset  <= qpllreset;
            txpmareset <= txpmareset;
            rxpmareset <= rxpmareset;
            sysclksel  <= sysclksel;
            pclk_sel   <= pclk_sel;
            gen3       <= gen3;
            rate_out   <= rate_out;
            drp_start       <= 1'd0;
            drp_x16x20_mode <= 1'd0;
            drp_x16         <= 1'd0;
            end
               
        //---------- Start RX Sync -------------------------
        FSM_RXSYNC_START:
        
            begin
            fsm        <= (!rxsync_done_reg2 ? FSM_RXSYNC_DONE : FSM_RXSYNC_START);
            gen3_exit  <= gen3_exit;
            cpllpd     <= cpllpd;
            qpllpd     <= qpllpd;
            cpllreset  <= cpllreset;
            qpllreset  <= qpllreset;
            txpmareset <= txpmareset;
            rxpmareset <= rxpmareset;
            sysclksel  <= sysclksel;
            pclk_sel   <= pclk_sel;
            gen3       <= gen3;
            rate_out   <= rate_out;
            drp_start       <= 1'd0;
            drp_x16x20_mode <= 1'd0;
            drp_x16         <= 1'd0;
            end
            
        //---------- Wait for RX Sync Done -----------------
        FSM_RXSYNC_DONE:
        
            begin          
            fsm        <= (rxsync_done_reg2 ? FSM_IDLE : FSM_RXSYNC_DONE);
            gen3_exit  <= gen3_exit;
            cpllpd     <= cpllpd;
            qpllpd     <= qpllpd;
            cpllreset  <= cpllreset;
            qpllreset  <= qpllreset;
            txpmareset <= txpmareset;
            rxpmareset <= rxpmareset;
            sysclksel  <= sysclksel;
            pclk_sel   <= pclk_sel;
            gen3       <= gen3;
            rate_out   <= rate_out;
            drp_start       <= 1'd0;
            drp_x16x20_mode <= 1'd0;
            drp_x16         <= 1'd0;
            end   
                
        //---------- Default State -------------------------
        default :
        
            begin
            fsm        <= FSM_IDLE;
            gen3_exit  <= 1'd0;
            cpllpd     <= 1'd0;
            qpllpd     <= 1'd0;
            cpllreset  <= 1'd0;
            qpllreset  <= 1'd0;
            txpmareset <= 1'd0;
            rxpmareset <= 1'd0;
            sysclksel  <= (PCIE_PLL_SEL == "QPLL") ? 2'd1 : 2'd0;                               
            pclk_sel   <= 1'd0; 
            gen3       <= 1'd0;
            rate_out   <= 3'd0;  
            drp_start       <= 1'd0;
            drp_x16x20_mode <= 1'd0;
            drp_x16         <= 1'd0;
            end

        endcase
        
        end
        
end 



//---------- PIPE Rate Output --------------------------------------------------
assign RATE_CPLLPD          = ((PCIE_POWER_SAVING == "FALSE") ? 1'd0 : cpllpd);
assign RATE_QPLLPD          = ((PCIE_POWER_SAVING == "FALSE") ? 1'd0 : qpllpd);
assign RATE_CPLLRESET       = ((PCIE_POWER_SAVING == "FALSE") ? 1'd0 : cpllreset);
assign RATE_QPLLRESET       = ((PCIE_POWER_SAVING == "FALSE") ? 1'd0 : qpllreset);
assign RATE_TXPMARESET      = txpmareset;
assign RATE_RXPMARESET      = rxpmareset;
assign RATE_SYSCLKSEL       = sysclksel;

//assign RATE_DRP_START       = (fsm == FSM_DRP_START) || (fsm == FSM_DRP_X16_GEN3_START) || (fsm == FSM_DRP_X16_START) || (fsm == FSM_DRP_X20_START); 
  assign RATE_DRP_START       = drp_start;

//assign RATE_DRP_X16X20_MODE = (fsm == FSM_DRP_X16_GEN3_START) || (fsm == FSM_DRP_X16_GEN3_DONE) ||
//                              (fsm == FSM_DRP_X16_START)      || (fsm == FSM_DRP_X16_DONE) || 
//                              (fsm == FSM_DRP_X20_START)      || (fsm == FSM_DRP_X20_DONE);
  assign RATE_DRP_X16X20_MODE = drp_x16x20_mode;

//assign RATE_DRP_X16         = (fsm == FSM_DRP_X16_GEN3_START) || (fsm == FSM_DRP_X16_GEN3_DONE) ||
//                              (fsm == FSM_DRP_X16_START)      || (fsm == FSM_DRP_X16_DONE);
  assign RATE_DRP_X16         = drp_x16;  
                          
assign RATE_PCLK_SEL        = pclk_sel;
assign RATE_GEN3            = gen3;
assign RATE_RATE_OUT        = rate_out;
assign RATE_RESETOVRD_START = (fsm == FSM_RESETOVRD_START);
assign RATE_TXSYNC_START    = (fsm == FSM_TXSYNC_START);
assign RATE_DONE            = (fsm == FSM_DONE);
assign RATE_RXSYNC_START    = (fsm == FSM_RXSYNC_START);
assign RATE_RXSYNC          = ((fsm == FSM_RXSYNC_START) || (fsm == FSM_RXSYNC_DONE));
assign RATE_IDLE            = (fsm == FSM_IDLE);
assign RATE_FSM             = fsm;   



endmodule